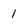
Character: 1